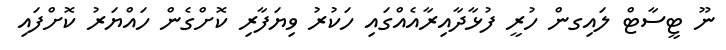
ނޫ ޓީސާޓް ލައިގން ހުރީ ފުޅާދާއިރާއެއްގައި ހަކުރު ވިޔަފާރި ކޮށްގެން ހައްޔަރު ކޮށްފައި